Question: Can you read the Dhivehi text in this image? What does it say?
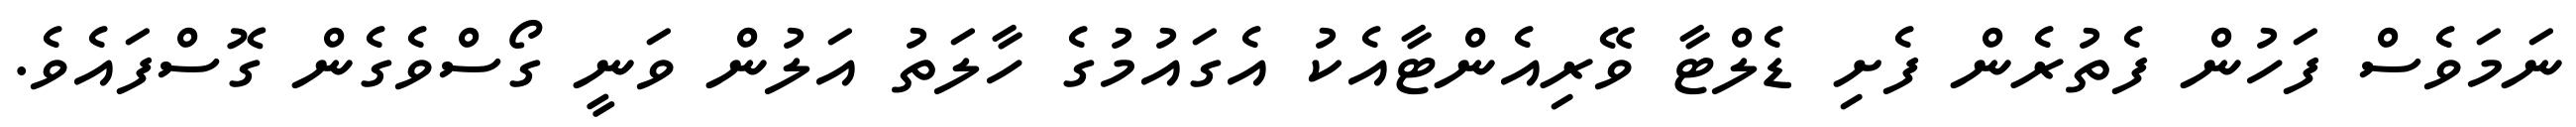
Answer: ނަމަވެސް ފަހުން ފެތުރެން ފެށި ޑެލްޓާ ވޭރިއެންޓާއެކު އެގައުމުގެ ހާލަތު އަލުން ވަނީ ގޯސްވެގެން ގޮސްފައެވެ.